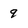
Character: 9